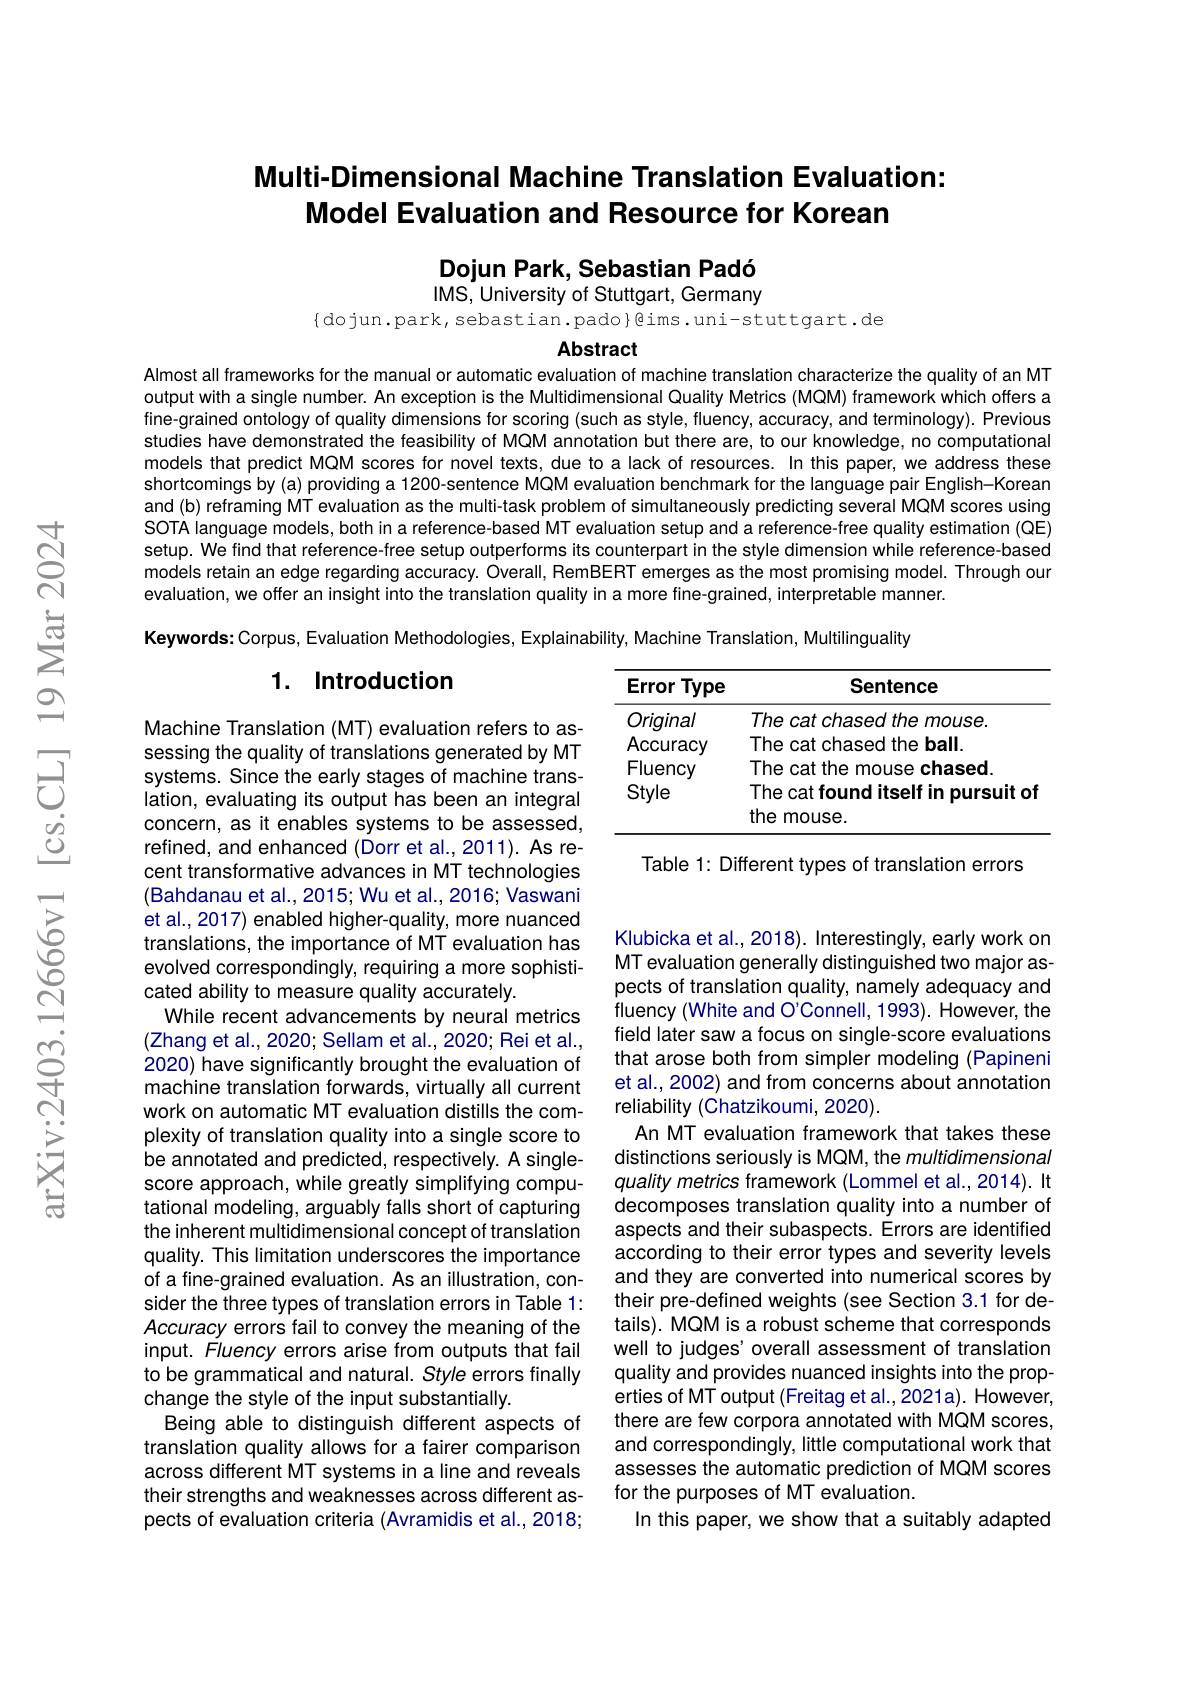
## Multi-Dimensional Machine Translation Evaluation: Model Evaluation and Resource for Korean

Dojun Park, Sebastian Padó IMS, University of Stuttgart, Germany

$\{$dojun.park, sebastian.pado}Qims.uni-stuttgart.de
Abstract

Almost all frameworks for the manual or automatic evaluation of machine translation characterize the quality of an MT output with a single number. An exception is the Multidimensional Quality Metrics (MQM) framework which offers a fine-grained ontology of quality dimensions for scoring (such as style, fluency, accuracy, and terminology). Previous studies have demonstrated the feasibility of MQM annotation but there are, to our knowledge, no computational models that predict MQM scores for novel texts, due to a lack of resources. In this paper, we address these shortcomings by (a) providing a 1200-sentence MQM evaluation benchmark for the language pair English-Korean and (b) reframing MT evaluation as the multi-task problem of simultaneously predicting several MQM scores using SOTA language models, both in a reference-based MT evaluation setup and a reference-free quality estimation (QE) setup. We find that reference-free setup outperforms its counterpart in the style dimension while reference-based models retain an edge regarding accuracy. Overall, RemBERT emerges as the most promising model. Through our evaluation, we offer an insight into the translation quality in a more fine-grained, interpretable manner.
Keywords: Corpus, Evaluation Methodologies, Explainability, Machine Translation, Multilinguality

### 1. Introduction

<table>
	<tbody>
		<tr>
			<th>Error Type</th>
			<th>Sentence</th>
		</tr>
		<tr>
			<td>Original</td>
			<td>The cat chased the mouse.</td>
		</tr>
		<tr>
			<td>Accuracy</td>
			<td>The cat chased the ball.</td>
		</tr>
		<tr>
			<td>Fluency</td>
			<td>The cat the mouse chased.</td>
		</tr>
		<tr>
			<td>Style</td>
			<td>The cat found itself in pursuit o the mouse.</td>
		</tr>
	</tbody>
</table>

Table 1: Different types of translation errors

Machine Translation (MT) evaluation refers to assessing the quality of translations generated by MT systems. Since the early stages of machine translation, evaluating its output has been an integral concern, as it enables systems to be assessed, refined, and enhanced (Dorr et al.,2011). As recent transformative advances in MT technologies (Bahdanau et al., 2015; Wu et al., 2016; Vaswani et al., 2017) enabled higher-quality, more nuanced translations, the importance of MT evaluation has evolved correspondingly, requiring a more sophisticated ability to measure quality accurately.
While recent advancements by neural metrics (Zhang et al., 2020; Sellam et al., 2020; Rei et al., 2020) have significantly brought the evaluation of machine translation forwards, virtually all current work on automatic MT evaluation distills the complexity of translation quality into a single score to be annotated and predicted, respectively. A singlescore approach, while greatly simplifying computational modeling, arguably falls short of capturing the inherent multidimensional concept of translation quality. This limitation underscores the importance of a fine-grained evaluation. As an illustration, consider the three types of translation errors in Table 1: Accuracy errors fail to convey the meaning of the input. Fluency errors arise from outputs that fail to be grammatical and natural. Style errors finally change the style of the input substantially.
Being able to distinguish different aspects of translation quality allows for a fairer comparison across different MT systems in a line and reveals their strengths and weaknesses across different aspects of evaluation criteria (Avramidis et al., 2018;

Klubicka et al., 2018). Interestingly, early work on MT evaluation generally distinguished two major aspects of translation quality, namely adequacy and fluency (White and O'Connell, 1993). However, the field later saw a focus on single-score evaluations that arose both from simpler modeling (Papineni et al., 2002) and from concerns about annotation reliability (Chatzikoumi, 2020).
An MT evaluation framework that takes these distinctions seriously is MQM, the multidimensional quality metrics framework (Lommel et al.,2014). It decomposes translation quality into a number of aspects and their subaspects. Errors are identified according to their error types and severity levels and they are converted into numerical scores by their pre-defined weights (see Section 3.1 for details). MQM is a robust scheme that corresponds well to judges' overall assessment of translation quality and provides nuanced insights into the properties of MT output (Freitag et al., 2021 a). However, there are few corpora annotated with MQM scores, and correspondingly, little computational work that assesses the automatic prediction of MQM scores for the purposes of MT evaluation.
In this paper, we show that a suitably adapted